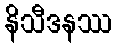
နိသီဒနဿ